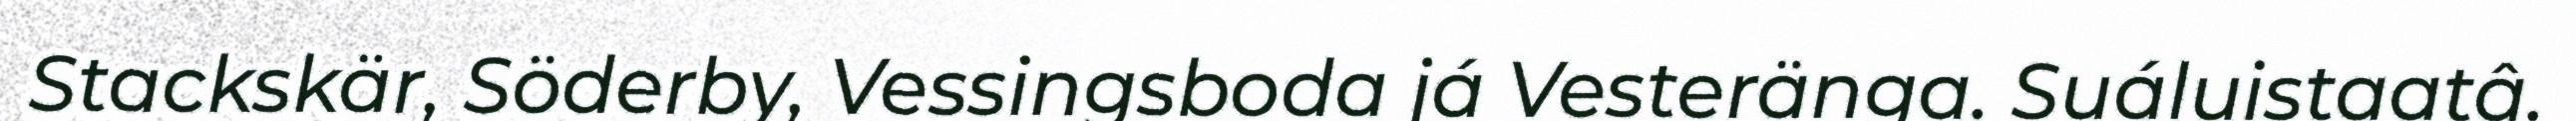
Stackskär, Söderby, Vessingsboda já Vesteränga. Suáluistaatâ.